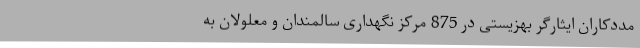
مددکاران ایثارگر بهزیستی در 875 مرکز نگهداری سالمندان و معلولان به